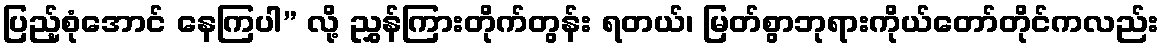
ပြည့်စုံအောင် နေကြပါ” လို့ ညွှန်ကြားတိုက်တွန်း ရတယ်၊ မြတ်စွာဘုရားကိုယ်တော်တိုင်ကလည်း